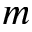
m